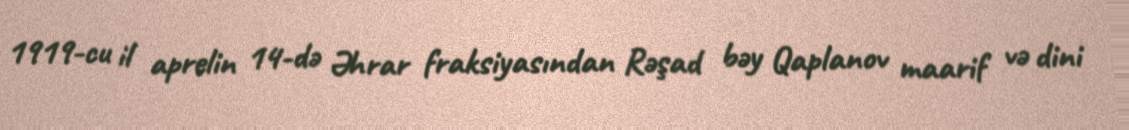
1919-cu il aprelin 14-də Əhrar fraksiyasından Rəşad bəy Qaplanov maarif və dini